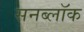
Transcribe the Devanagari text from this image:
सनब्लॉक